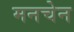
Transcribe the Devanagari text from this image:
मनचेन